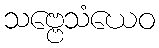
သဗ္ဗေသံယေဝ